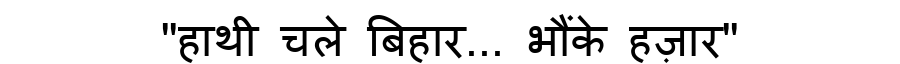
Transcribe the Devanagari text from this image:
"हाथी चले बिहार... भौंके हज़ार"